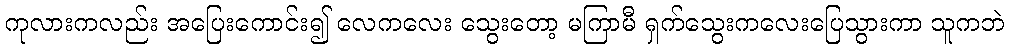
ကုလားကလည်း အပြေးကောင်း၍ လေကလေး သွေးတော့ မကြာမီ ရှက်သွေးကလေးပြေသွားကာ သူကဘဲ